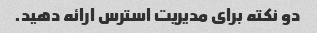
دو نکته برای مدیریت استرس ارائه دهید.